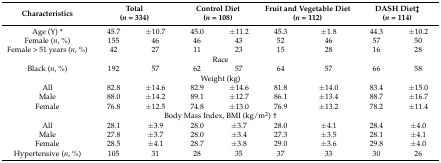
| Characteristics | <COLSPAN=2> Total(n = 334) | <COLSPAN=2> Control Diet(n = 108) | <COLSPAN=2> Fruit and Vegetable Diet(n = 112) | <COLSPAN=2> DASH Diet‡(n = 114) |
 | --- | --- | --- | --- | --- | --- | --- | --- | --- |
 | Age (Y) * | 45.7 | ±10.7 | 45.0 | ±11.2 | 45.3 | ±1.8 | 44.3 | ±10.2 |
 | Female (n, %) | 155 | 46 | 46 | 43 | 52 | 46 | 57 | 50 |
 | Female > 51 years (n, %) | 42 | 27 | 11 | 23 | 15 | 28 | 16 | 28 |
 | <COLSPAN=9> Race |
 | Black (n, %) | 192 | 57 | 62 | 57 | 64 | 57 | 66 | 58 |
 | <COLSPAN=9> Weight (kg) |
 | All | 82.8 | ±14.6 | 82.9 | ±14.6 | 81.8 | ±14.0 | 83.4 | ±15.0 |
 | Male | 88.0 | ±14.2 | 89.1 | ±12.7 | 86.1 | ±13.4 | 88.7 | ±16.7 |
 | Female | 76.8 | ±12.5 | 74.8 | ±13.0 | 76.9 | ±13.2 | 78.2 | ±11.4 |
 | <COLSPAN=9> Body Mass Index, BMI (kg/m2) † |
 | All | 28.1 | ±3.9 | 28.0 | ±3.7 | 28.0 | ±4.1 | 28.4 | ±4.0 |
 | Male | 27.8 | ±3.7 | 28.0 | ±3.4 | 27.3 | ±3.5 | 28.1 | ±4.1 |
 | Female | 28.5 | ±4.1 | 28.7 | ±3.8 | 29.0 | ±3.6 | 29.8 | ±4.0 |
 | Hypertensive (n, %) | 105 | 31 | 28 | 35 | 37 | 33 | 30 | 26 |